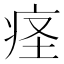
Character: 𫞬